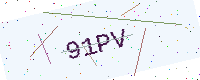
Text: 91PV